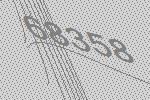
68358